Vital statistics of India. Vol. IV, Annual returns from 1871 to 1876. British Army of India, Native Army and jails of Bengal
Year: 1871
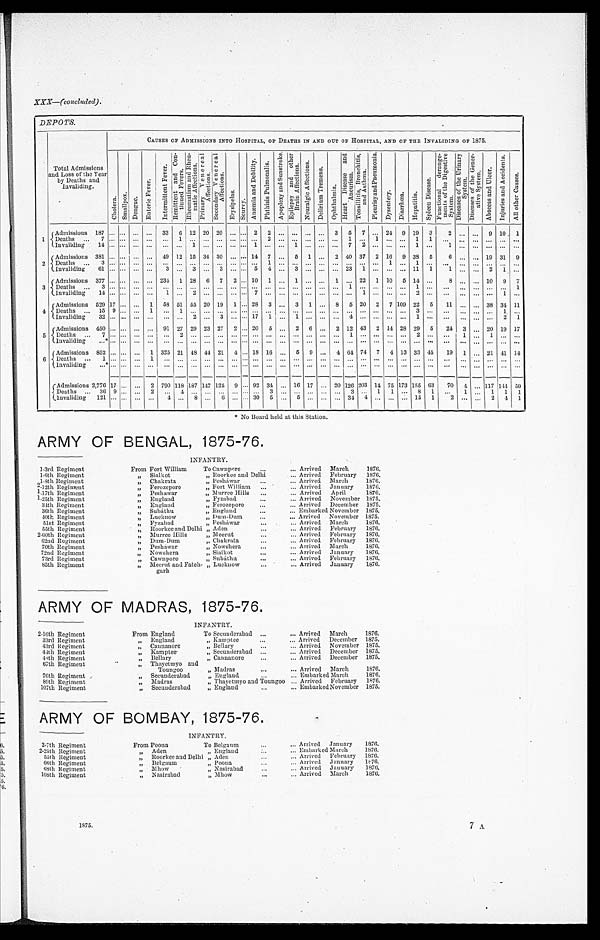
XXX-(concluded).
DEPOTS.
Total Admissions
and Loss of the Year
by Deaths and.
Invaliding.
CAUSES OF ADMISSIONS INTO HOSPITAL, OF DEATHS IN AND OUT OF HOSPITAL, AND OF THE INVALIDING OF 1875.
C h o l e r a .
S m a l l p o x .
D e n g u e .
E n t c r i c F e v e r .
I nt er mi t t ent Fever .
R e m i t t e n t a n d C o n t i n u e d F e v e r s .
R h e u ma t i s m a n d R h e u ma t i c Af l e c t i o n .
P r i m a r y V e n e r c a l A f f l e c t i o n .
S e c o n d a r y v e n e r c a l A f l e c t i o n .
E r y s i p e l a s .
S c u r v y .
An œmi a a n d De b i l i t y .
P h t h i s i s u l m o n a l i s .
A p o p l c x y a n d S u n s t r o k e .
E p i l e p s y a n d o t h e r B r a i n A f l e c t i o n .
N e u r a l g i c A f l e c t i o n s .
D e l i r i u m T r e m e n s .
O p h t h a l m i a .
H e a r t D i s e a s e a n d A n e u r i s m .
T o n s i l l i t i s , B r o n c h i o t i s , a n d A s t h m a .
P l e u r i s y a n d P n c u m o n i a .
D y s e n t r y .
D i a r r h œ a .
Hepat i t i s.
s pl een Di s eas e.
F u n c t i o n a l d e a r a n g e m e n t o f t h e D i g e s t i v e S y s t e m .
D i s e a s e s o f t h e U r i n a r y S y s t e m .
D i s e a s e o f t h e G e n e r a t i v e S y s t e m .
A b s c e s s a n d U l c e r .
I n j u r i e s a n d A c c i d e n t s .
A l l o t h e r C a u s e s .
1
{Admissions Deaths ...
Invaliding 187 ... ... ... ...
33
6
12 20 20 ...
. . .
2
2 ...
. . .
. . . ...
3
5
7
...
24
9
19
3
2 ... ...
9 19
3
7 . . . . . .
. . .
. . .
...
1 ... ...
. . .
. . . . . .
...
2 ...
. . .
. . .
. . .
. . .
1
. . .
1
. . .
. . . 1 1
. . .
...
. . .
. . .
. . .
. . .
1 4 . . . . . .
. . .
. . .
...
. . . 1 ...
. . .
. . . . . .
1
. . . ...
1
. . .
. . .
. . .
7
2
. . .
. . .
. . . 1 ...
1 ...
. . .
. . .
. . .
. . .
2
{Admi ssi ons Deat h . . . I nval i di ng 381 ... ... ... ...
49 12 15 34 30
...
. . .
14
7
...
5
1
...
2
40 37
2 16
9 38
5
6 ...
, , , 19 31
9
. . . . . . . . .
. . .
. . .
...
. . . ... ...
. . .
. . . . . .
...
1 ...
. . .
. . .
. . .
. . .
. . .
. . .
. . .
1
. . . 1 ...
. . . ...
. . .
. . .
. . .
. . .
61 ... ...
...
...
3
...
3
...
3 ... . . . 5
4
...
3
. . . .., ... 23
1
...
...
...
11
1
1 ...
. . .
2
1
. . .
3
Admissions
Deaths ...
invaliding
377 ... ... ... ... 234 1 28
6
7
2 ... 10
1
...
1
. . . ...
1
. . . 22
1
10
5
14
...
8 ...
. . . 10
9
7
3 . . . . . .
. . .
. . .
...
. . . ...
...
. . .
. . . . .
...
. . . ...
. . .
. . .
. . .
. . .
1
. . .
. . .
. . .
. . . 1 ...
. . . ...
. . .
. . .
. . .
1
14 ... ...
. . .
. . .
1
...
2 ...
. . .
. . .
. . . 7
. . . ...
. . .
. . .
. . .
. . .
. . .
1
. . .
. . .
. . . 2 ...
. . . ...
. . .
. . .
1
. . .
4 {Admissions Death . . . Invalidind 529 17
. . .
. . .
1
58 51 55 20 19
1 ... 28
3 ...
3
1
...
8
5
20 2
7 109 22
5
11
...
...
38
34
11
1 5 9
. . .
. . .
1 ...
1 ... ...
. . .
. . . . . .
...
. . . ...
. . .
. . .
. . .
. . .
. . .
. . .
. . .
. . .
. . . 3 ...
. . . ...
. . .
. . .
1
. . .
3 2 . . . . . .
. . .
. . .
...
. . . 2 ...
3
. . . . . .
17
1 ...
1
. . .
. . .
. . .
4
. . .
. . .
. . .
. . . ... ...
. . . ...
. . .
. . .
2
1
5
{Admissions
Deatth ... Invaliding
450 ... ... ...
91 27 29 23 27
2 ... 20
5
...
2
6
...
2 12 43
2 14 28 29
5
24
3
. . . 20
19 17
7 . . . . . .
. . .
. . .
...
2 ... ...
. . .
. . . . . . ...
. . . ...
. . .
. . .
. . .
. . .
1
. . .
. . .
. . .
. . . 2 ...
. . . 1
. . .
1
. . .
. . .
. . . * . . . . . .
. . .
. . .
...
. . . ... ...
. . .
. . . . . .
...
. . . ...
. . .
. . .
. . .
. . .
. . .
. . .
. . .
. . .
. . . ... ...
. . .
...
. . .
. . . ...
. . .
6
{Admissions
Death ... Invaliding
852 ... ... ...
1
325 21 48 4-4 21
4 ... 18 16 ...
5
9 ...
4
64 74 7
4
13
33
45
19
1
...
21 41 14
1 . . . . . .
. . .
1 ...
. . . ... ...
. . .
. . . . . .
...
. . . ...
. . . . . . . . .
. . .
. . .
. . .
. . .
. . .
. . . ...
...
. . .
...
. . .
. . .
. . .
. . .
. . . * . . . . . .
. . .
. . .
...
. . . ... ...
. . .
. . . . . .
...
. . . ...
. . .
. . .
. . .
. . .
. . .
. . .
. . .
. . .
. . . ... ...
. . . ...
. . .
. . .
. . .
. . .
{Admissions
Deaths ...
invaliding
2,776 17 ...
. . .
2 790 118 187 147 124
9 ... 92 34 ... 16 17 ... 20 126 203 14 75 173 155 63
70
4
... 117 141 59
36
9 ... ...
2
...
1
... ...
. . .
. . . . . .
...
3 ...
. . .
. . .
. . .
. . .
3
. . .
1
1
. . .
8 1
. . .
1
. . .
1
1
1
121 ... ... ... ...
4
...
8 ...
6
... ... 30
5 ...
5
. . .
. . .
. . .
3 4
4
. . .
. . .
. . .
15 2
2 ...
. . . 2
4
1
No Board held at this Station.
ARMY OF BENGAL, 1875-76.
INFANTRY.
1-3rd Regiment
From Fort William
To Cawnpor
...
... Arrived March
1876.
1-6th Regiment
„ Sialkot
„ Roorkee and Delhi . . .
... Arrived February
1876.
1 - 3 t h R e g i m e n t
„ Chakrata
„ Pesháwar
...
... Arrived March
1876.
2-12th Regiment
„ Ferozepore
„ Fort William
...
... Arrived January
1876.
1-17th Regiment
„ Peshawar
„ Murree Hills
...
... Arrived April
1876.
1-25th Regiment
„ Ferozepore
„ Fort Willam
...
... Arrived November 1875.
34th Regiment
„ England
„ Ferozepore
... Arrived December 1876..
36th Regiment
, ,
S u b á t h u
„ England
...
... Embarked November 1875.
40th Regiment
„ Lucknow
„ Dum-Dum
...
. . . Arrived November 1875.
51st Regiment
„ Fyzabad
, , P e s h á w a r
...
. . . Arrived March
1876.
55th Regiment
„ Roorkee and Delhi „ Aden
...
. . . Arrived February
1876.
2-60th Regiment
„ Murree Hills
„ Meerut
...
... Arrived February
1876.
02nd Regiment
„ D uá-D um
„ Chakrata
...
.., Arrived February
1875.
70th Regiment
„ Pesháwar
„ Nowshera
... Arrived March
1876.
72nd Regiment
„ Nowshera
„ Sialkot
...
... Arrived January
1876.
73rd Regiment
Cawnpore
„ Subáthu
...
... Arrived February
1876.
85th Regiment
,,
„ Meerut and Patch-
garb
„ Luckuow
...
... Arrived January
1876.
ARMY OF MADRAS, 1875-76.
INFANTRY.
2-16th Regiment
From England
To Secunderabad ...
... Arrived March
1876.
33rd Regiment
, ,
E n g l a n d
„ Kamptee
...
... Arrived December 1875.
43rd Regiment
„ Cannanore
„ Bellary
...
... Arrived November 1875.
44th Regiment
„ Kamptee
„ Secunderabad ...
... Arrived December 1875.
48th Regiment
, , B e l l a r y
„ Cannanor
...
... Arrived December 1875.
67th Regiment
„ Thayetmyo and
Toungoo
„ Madras
...
... Arrived March
1876.
76th Regiment
, , S e c u n d e r a b a d
„ England
...
... Embarked March
1876.
89h Regiment
„ Madras
„ Thayetmyo and Toungoo ... Arrived February 1876.
107th Regiment
„ Secunderabad
„ England
...
... Embarked November 1875.
&
ARMY OF BOMBAY, 1875-76.
INFANTRY.
2-7th Regiment
From Poona
To Belgaum
. . .
... Arrived January
1876.
2-25th Regiment
„ Aden
„ England
. . .
... Embarked March
1876.
55th Regiment
„ Roorkee and Delhi „ Aden
...
... Arrived February 1876.
66th Regiment
„ Belgaum
„ Poona
...
. . . Arrived January
1876.
68th Regiment
„ M how
„ Nasirabad
. . .
... Arrived January
1876.
108th Regiment
„ Nasirabad
„ Mhow
...
... Arrived March
1876.
1875.
7 A